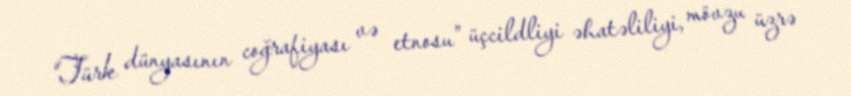
“Türk dünyasının coğrafiyası və etnosu” üçcildliyi əhatəliliyi, mövzu üzrə